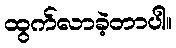
ထွက်လာခဲ့တာပါ။